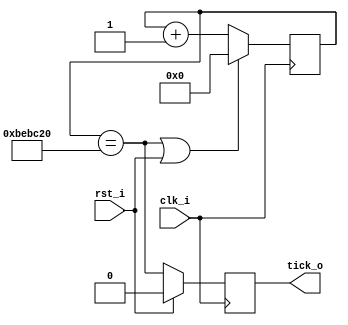
module mtimer 
   (/*AUTOARG*/
   // Outputs
   tick_o,
   // Inputs
   clk_i, rst_i
   );

   input clk_i, rst_i;
   output reg	tick_o;

   reg [23:0] cnt;

   wire       done;
   assign done = (cnt == 24'b101111101011110000100000);
   
   always @(posedge clk_i)
     cnt <= (done | rst_i) ? 0 : (cnt + 1);

   always @(posedge clk_i)
     tick_o <= rst_i ? 1'b0 : done;

endmodule // mtimer